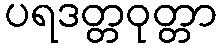
ပရဒတ္တဝုတ္တာ